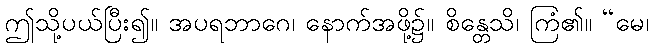
ဤသို့ပယ်ပြီး၍။ အပရဘာဂေ၊ နောက်အဖို့၌။ စိန္တေသိ၊ ကြံ၏။ “မေ၊